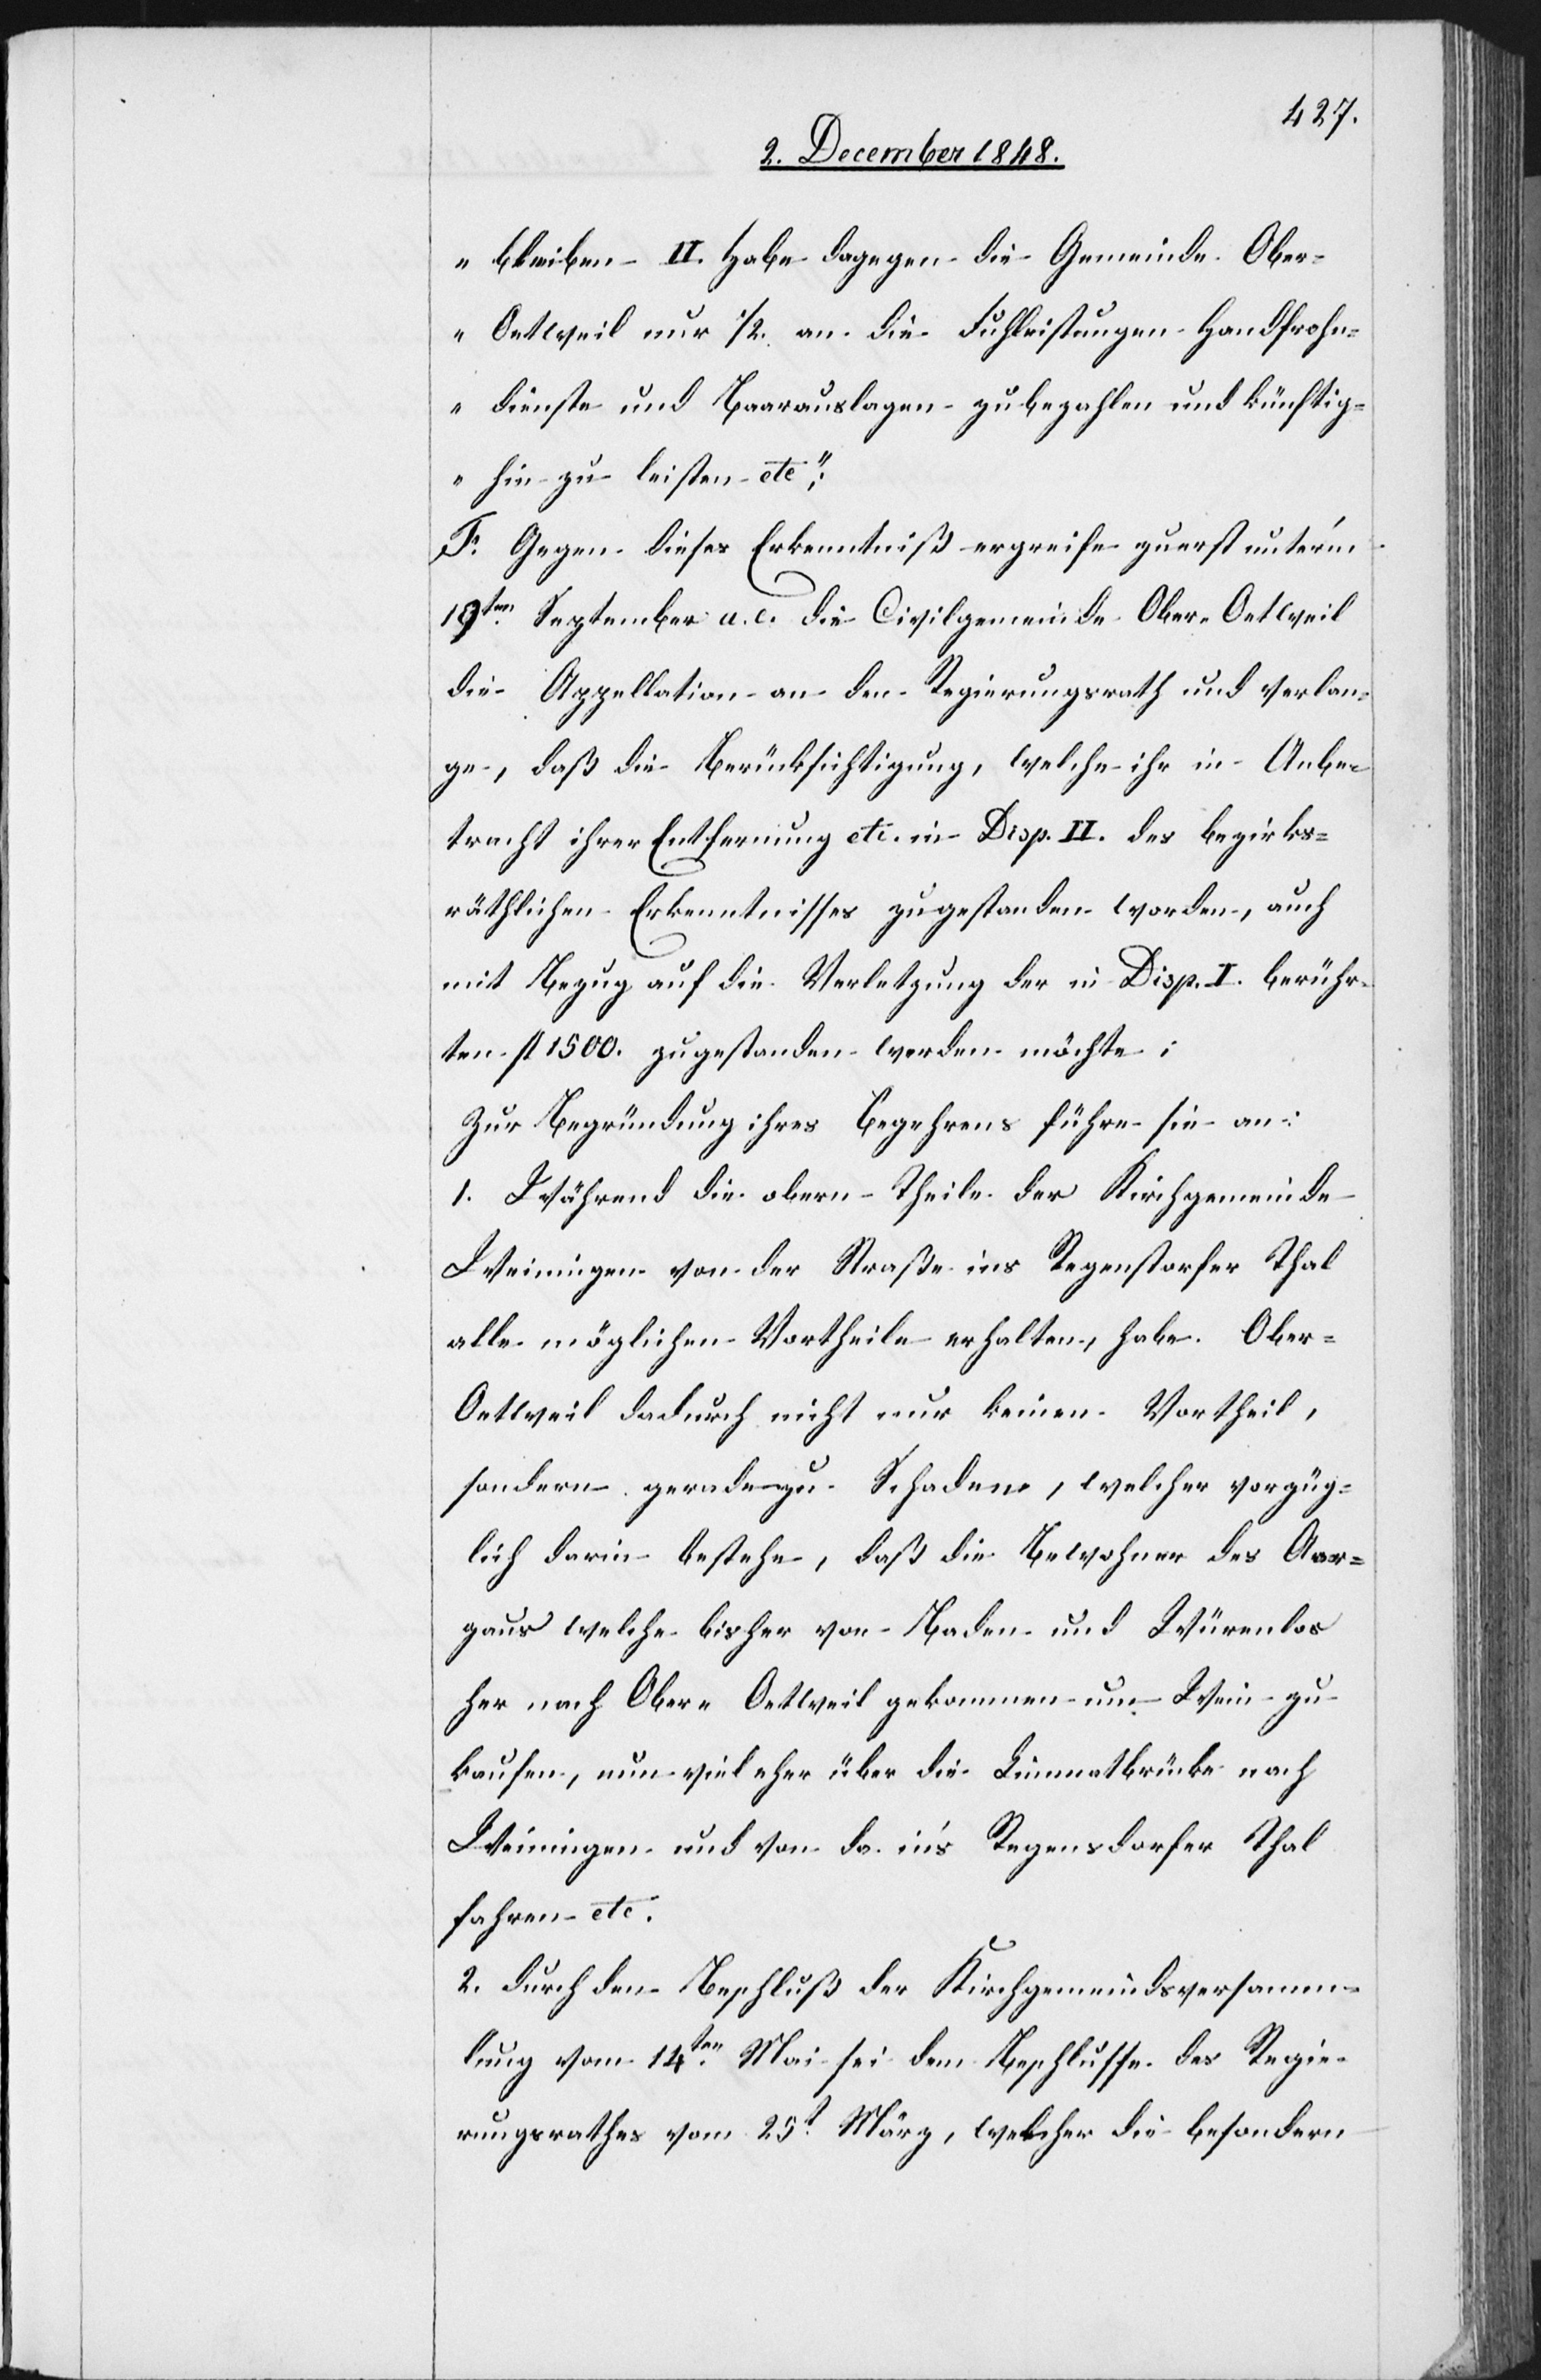
bleiben II. Habe dagegen die Gemeinde Obe¬
r-Oetweil nur 1/2. an die Fuh[r]leistungen[,] Handfrohn¬
dienste und Baarauslagen zu bezahlen und künftig¬
hin zu leisten etc“;
F. Gegen dieses Erkenntniß ergreife zuerst unter’m
19ten September a. c. die Civilgemeinde Ober-Oetweil
die Appellation an den Regierungsrath und verlan¬
ge, daß die Berücksichtigung, welche ihr in Anbe¬
tracht ihrer Entfernung etc. in Disp. II. des bezirks¬
räthlichen Erkenntnisses zugestanden worden, auch
mit Bezug auf die Verletzung der in Disp. I. berühr¬
ten f. 1500. zugestanden werden möchte;
Zur Begründung ihres Begehrens führe sie an:
1. Während die obern Theile der Kirchgemeinde
Weiningen von der Straße ins Regenstorfer Thal
alle möglichen Vortheile erhalten, habe Obe¬
r-Oetweil dadurch nicht nur keinen Vortheil,
sondern geradezu Schaden, welcher vorzüg¬
lich darin bestehe, daß die Bewohner des Aar¬
gaus welche bisher von Baden und Würenlos
her nach Ober-Oetweil gekommen um Wein zu
kaufen, nun viel eher über die Limmatbrücke nach
Weiningen und von da in’s Regensdorfer Thal
fahren etc.
2. Durch den Beschluß der Kirchgemeindsversamm¬
lung vom 14ten Mai sei dem Beschlusse des Regie¬
rungsrathes vom 25t März, welcher die besondern